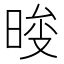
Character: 𣇚